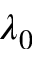
\lambda _ { 0 }